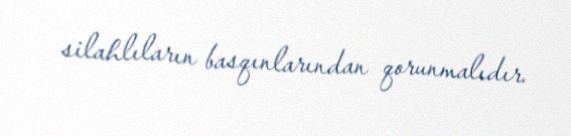
silahlıların basqınlarından qorunmalıdır.